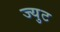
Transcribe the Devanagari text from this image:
ज्युट